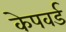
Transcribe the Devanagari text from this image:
केपवर्ड